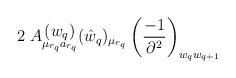
LaTeX: \begin{align*}2\;A\raisebox{-4pt}{$\stackrel{\displaystyle{(w_q)}}{\scriptstyle{\mu_{r_q} a_{r_q}}}$}(\hat{w}_q)_{\mu_{r_q}}\left(\frac{-1}{\partial^2}\right)_{w_qw_{q+1}}\end{align*}